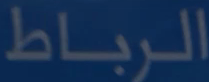
الرباط